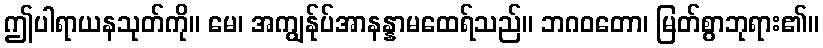
ဤပါရာယနသုတ်ကို။ မေ၊ အကျွန်ုပ်အာနန္နာမထေရ်သည်။ ဘဂဝတော၊ မြတ်စွာဘုရား၏။